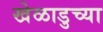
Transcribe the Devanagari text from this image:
खेळाडुच्या